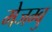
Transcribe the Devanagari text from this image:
मेजम्बु